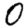
Digit: 0